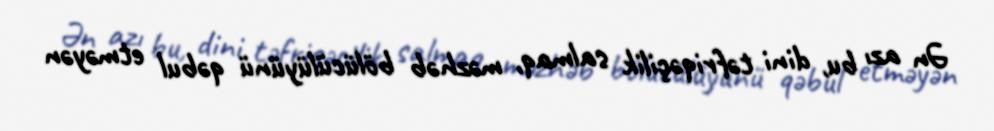
Ən azı bu, dini təfriqəçilik salmaq, məzhəb bölücülüyünü qəbul etməyən